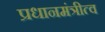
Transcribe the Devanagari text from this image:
प्रधानमंत्रीत्व